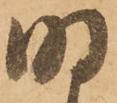
明